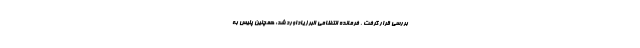
بررسی قرار گرفت . فرمانده انتظامی البرز یاداورد شد: همچنین پلیس به